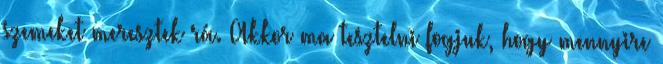
szemeket meresztek rá. Akkor ma tesztelni fogjuk, hogy mennyire